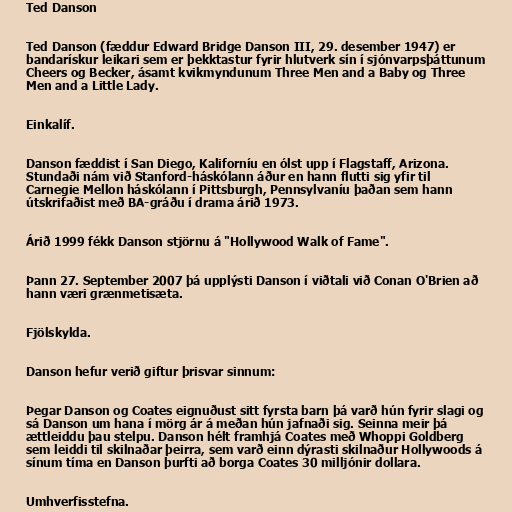
Ted Danson

Ted Danson (fæddur Edward Bridge Danson III, 29. desember 1947) er
bandarískur leikari sem er þekktastur fyrir hlutverk sín í sjónvarpsþáttunum
Cheers og Becker, ásamt kvikmyndunum Three Men and a Baby og Three
Men and a Little Lady.

Einkalíf.

Danson fæddist í San Diego, Kaliforníu en ólst upp í Flagstaff, Arizona.
Stundaði nám við Stanford-háskólann áður en hann flutti sig yfir til
Carnegie Mellon háskólann í Pittsburgh, Pennsylvaníu þaðan sem hann
útskrifaðist með BA-gráðu í drama árið 1973.

Árið 1999 fékk Danson stjörnu á "Hollywood Walk of Fame".

Þann 27. September 2007 þá upplýsti Danson í viðtali við Conan O'Brien að
hann væri grænmetisæta.

Fjölskylda.

Danson hefur verið giftur þrisvar sinnum:

Þegar Danson og Coates eignuðust sitt fyrsta barn þá varð hún fyrir slagi og
sá Danson um hana í mörg ár á meðan hún jafnaði sig. Seinna meir þá
ættleiddu þau stelpu. Danson hélt framhjá Coates með Whoppi Goldberg
sem leiddi til skilnaðar þeirra, sem varð einn dýrasti skilnaður Hollywoods á
sínum tíma en Danson þurfti að borga Coates 30 milljónir dollara.

Umhverfisstefna.